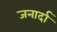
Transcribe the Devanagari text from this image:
जनार्दा